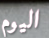
اليوم